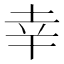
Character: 幸